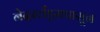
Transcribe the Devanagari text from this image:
नेदरलँड्सपासून